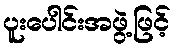
ပူးပေါင်းအဖွဲ့ဖြင့်